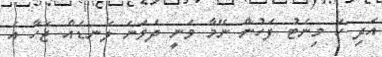
އަދި ހަ މިނެޓު ފަހުން ނޭމާ ވަނީ ދެވަނަ ލަނޑެއް ޖަހާ އެ